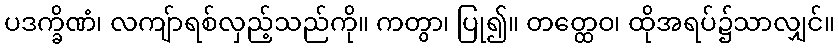
ပဒက္ခိဏံ၊ လကျ်ာရစ်လှည့်သည်ကို။ ကတွာ၊ ပြု၍။ တတ္ထေဝ၊ ထိုအရပ်၌သာလျှင်။